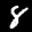
Label: 8